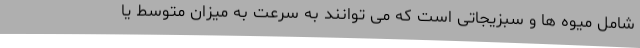
شامل میوه ها و سبزیجاتی است که می توانند به سرعت به میزان متوسط یا